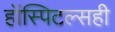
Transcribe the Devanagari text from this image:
हॉस्पिटल्सही